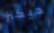
ديكنز